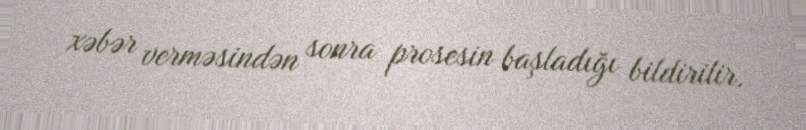
xəbər verməsindən sonra prosesin başladığı bildirilir.